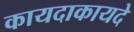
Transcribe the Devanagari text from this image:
कायदाकायदे